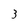
Character: 3